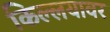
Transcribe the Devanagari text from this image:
किल्लयावर